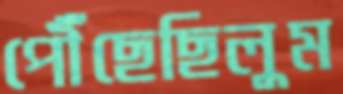
পৌঁছেছিলুম